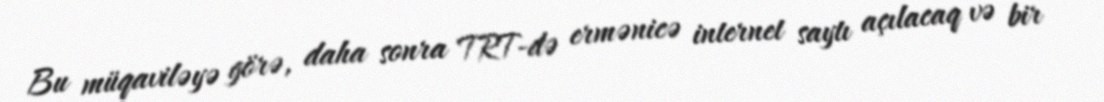
Bu müqaviləyə görə, daha sonra TRT-də ermənicə internet saytı açılacaq və bir